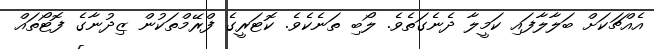
އެއްޗަކަށް ބަލާލާފައި ކަމީލާ ދެނެގަތެވެ. ލޯބި ތަނެކެވެ. ކޮޓަރީގެ ފްރޭމްތަކުން ޒިދުނާގެ ފޮޓޯތައް